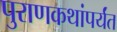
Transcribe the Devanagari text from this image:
पुराणकथांपर्यंत